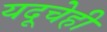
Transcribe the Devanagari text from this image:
यदूचेही